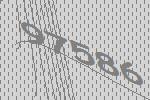
97586